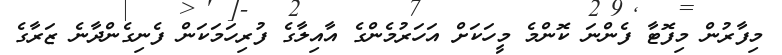
މިފާރުން މިފޮޓާ ފެންނަ ކޮންމެ މީހަކަށް އަހަރުމެންގެ އާއިލާގެ ފުރިހަމަކަން ފެނިގެންދާނެ ޒަރާގެ